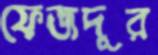
ফেজদূর